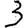
Digit: 3